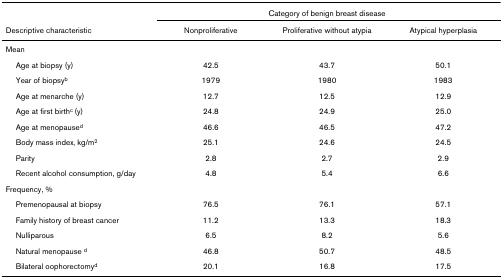
<table><thead><tr><td></td><td colspan="3"><b>Category of benign breast disease</b></td></tr><tr><td><b>Descriptive characteristic</b></td><td><b>Nonproliferative</b></td><td><b>Proliferative without atypia</b></td><td><b>Atypical hyperplasia</b></td></tr></thead><tbody><tr><td>Mean</td><td></td><td></td><td></td></tr><tr><td> Age at biopsy (y)</td><td>42.5</td><td>43.7</td><td>50.1</td></tr><tr><td> Year of biopsy<sup>b</sup></td><td>1979</td><td>1980</td><td>1983</td></tr><tr><td> Age at menarche (y)</td><td>12.7</td><td>12.5</td><td>12.9</td></tr><tr><td> Age at first birth<sup>c </sup>(y)</td><td>24.8</td><td>24.9</td><td>25.0</td></tr><tr><td> Age at menopause<sup>d</sup></td><td>46.6</td><td>46.5</td><td>47.2</td></tr><tr><td> Body mass index, kg/m<sup>2</sup></td><td>25.1</td><td>24.6</td><td>24.5</td></tr><tr><td> Parity</td><td>2.8</td><td>2.7</td><td>2.9</td></tr><tr><td> Recent alcohol consumption, g/day</td><td>4.8</td><td>5.4</td><td>6.6</td></tr><tr><td>Frequency, %</td><td></td><td></td><td></td></tr><tr><td> Premenopausal at biopsy</td><td>76.5</td><td>76.1</td><td>57.1</td></tr><tr><td> Family history of breast cancer</td><td>11.2</td><td>13.3</td><td>18.3</td></tr><tr><td> Nulliparous</td><td>6.5</td><td>8.2</td><td>5.6</td></tr><tr><td> Natural menopause <sup>d</sup></td><td>46.8</td><td>50.7</td><td>48.5</td></tr><tr><td> Bilateral oophorectomy<sup>d</sup></td><td>20.1</td><td>16.8</td><td>17.5</td></tr></tbody></table>